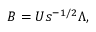
B = U s ^ { - 1 / 2 } \Lambda ,